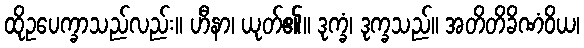
ထိုဥပေက္ခာသည်လည်း။ ဟီနာ၊ ယုတ်၏။ ဒုက္ခံ၊ ဒုက္ခသည်။ အတိတိခိဏံဝိယ၊